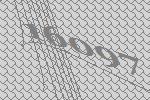
16097